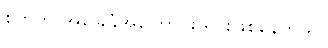
စိတ်က အခြေခံအကြောင်း ရင်းဖြစ်နေတယ်။